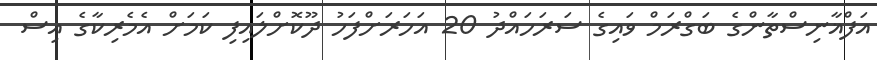
އަފްޣާނިސްތާންގެ ބަގްރަމް ވައިގެ ސަރަހައްދު 20 އަހަރަށްފަހު ދޫކޮށްލައިފި ކަމަށް އެމެރިކާގެ އިސް